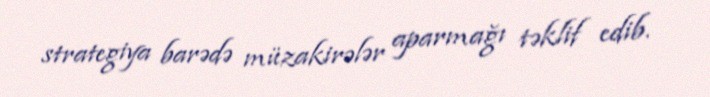
strategiya barədə müzakirələr aparmağı təklif edib.